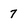
Character: 7